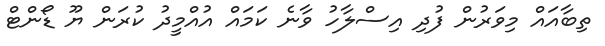
ތިބާއައް މިވަރުން ފުދި އިސްލާހު ވާނެ ކަމައް އުއްމީދު ކުރަން ޔޫ ޑޯންޓް